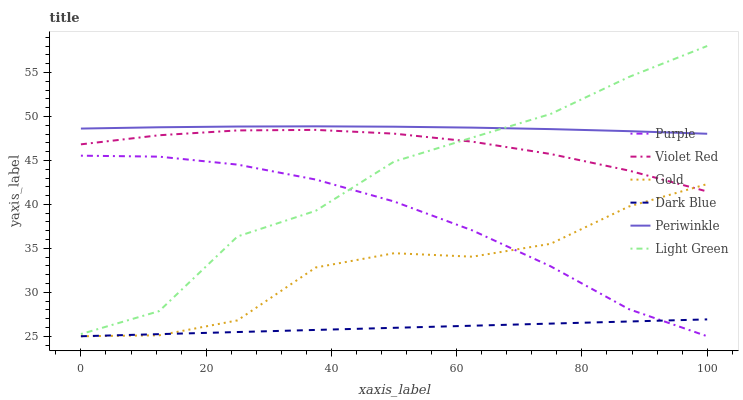
| xaxis_label | Purple | Violet Red | Gold | Dark Blue | Periwinkle | Light Green |
 | --- | --- | --- | --- | --- | --- | --- |
 | 0 | 45.5 | 46.8 | 25 | 25 | 48.6 | 25.2 |
 | 12.5 | 45.4 | 47.9 | 25.1 | 25.2 | 48.8 | 27.9 |
 | 25 | 44.5 | 48.4 | 26.8 | 25.5 | 48.9 | 36.3 |
 | 37.5 | 42.8 | 48.5 | 32.8 | 25.7 | 48.9 | 39.3 |
 | 50 | 40.3 | 48 | 34.4 | 26 | 48.8 | 44.9 |
 | 62.5 | 37 | 47.1 | 34.1 | 26.2 | 48.7 | 47.6 |
 | 75 | 33 | 45.7 | 35.5 | 26.4 | 48.6 | 50.3 |
 | 87.5 | 28.1 | 43.8 | 39.8 | 26.7 | 48.3 | 54.5 |
 | 100 | 25 | 41.5 | 42.3 | 26.9 | 48 | 58 |